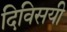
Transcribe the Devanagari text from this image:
दिविसयी